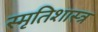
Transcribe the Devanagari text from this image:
स्मृतिशास्त्र